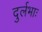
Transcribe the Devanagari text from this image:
दुर्लभाः